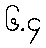
၆.၄